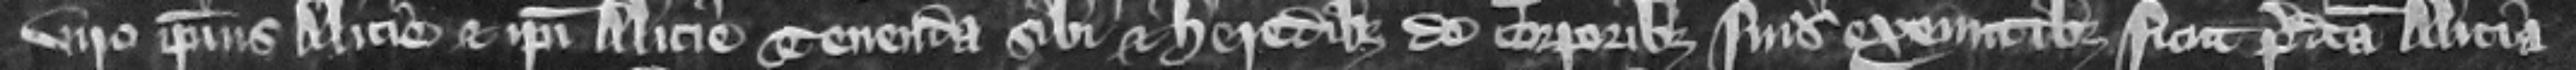
viro ipsius Alicie et ipsi Alicie tenenda sibi et heredibus de corporibus suis exeuntibus sicut predicta Alicia